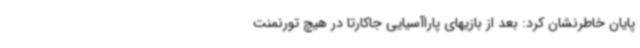
پایان خاطرنشان کرد: بعد از بازیهای پاراآسیایی جاکارتا در هیچ تورنمنت